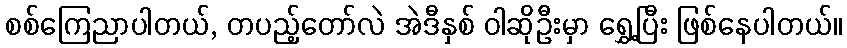
စစ်ကြေညာပါတယ်, တပည့်တော်လဲ အဲဒီနှစ် ဝါဆိုဦးမှာ ရွှေ့ပြီး ဖြစ်နေပါတယ်။